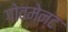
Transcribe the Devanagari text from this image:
गोवमेन्ट